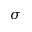
\sigma